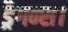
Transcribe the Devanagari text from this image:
ड्रैगन्स।